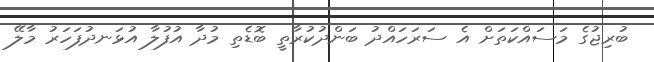
ބުރިޖުގެ މަސައްކަތަށް އެ ސަރަހައްދު ބަންދުކުރާތީ ބޮޑެތި މުދާ އުފުލާ އުޅަނދުފަހަރު މާލޭ